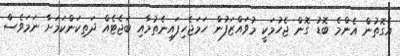
އެގޮތުން އެންމެ ބޮޑު ގޮން ޖެހުމަކީ މުވައްޒަފުން ހަމަޖެހިފައިނެތުމާއި ބަޖެޓެއް ދަތިކަންކަމަށާ ނަމަވެސް